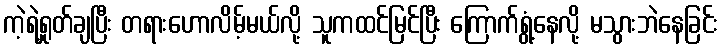
ကဲ့ရဲ့ရှုတ်ချပြီး တရားဟောလိမ့်မယ်လို့ သူကထင်မြင်ပြီး ကြောက်ရွံ့နေလို့ မသွားဘဲနေခြင်း